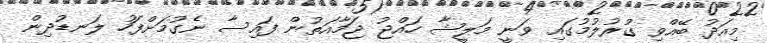
މިއަދު ބޭއްވި ގުރުލުމުގައި ވަނީ މަލީޝާ ހައްޖު ޖަމާއަތުން ފައިސާ ނެގުމަށްފަހު ލަނޑުދިން